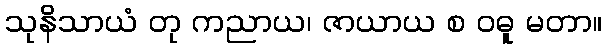
သုနိသာယံ တု ကညာယ၊ ဇာယာယ စ ဝဓူ မတာ။